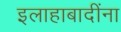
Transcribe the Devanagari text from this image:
इलाहाबादींना